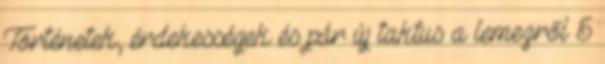
Történetek, érdekességek és pár új taktus a lemezről 5